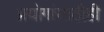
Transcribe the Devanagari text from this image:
प्रयोगांसाठीही